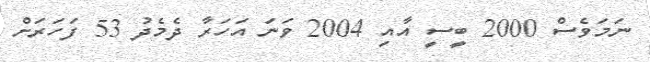
ނަމަވެސް 2000 ބީސީ އާއި 2004 ވަނަ އަހަރާ ދެމެދު 53 ފަހަރަށް